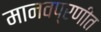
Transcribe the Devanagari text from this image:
मानवप्रणीत